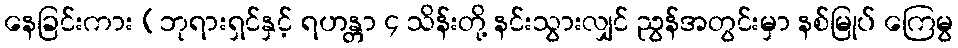
နေခြင်းကား (ဘုရားရှင်နှင့် ရဟန္တာ ၄ သိန်းတို့ နင်းသွားလျှင် ညွန်အတွင်းမှာ နစ်မြုပ် ကြေမွ